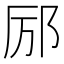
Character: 𫟫